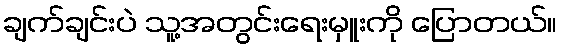
ချက်ချင်းပဲ သူ့အတွင်းရေးမှူးကို ပြောတယ်။